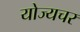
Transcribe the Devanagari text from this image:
योज्यचर